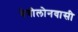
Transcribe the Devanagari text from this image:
बेबीलोनवासी